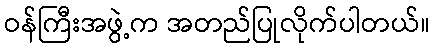
ဝန်ကြီးအဖွဲ့က အတည်ပြုလိုက်ပါတယ်။